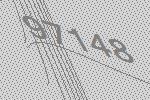
97148